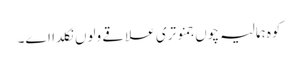
کوہ ہمالیہ چوں جمنوتری علاقے ولوں نکلدا اے۔